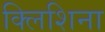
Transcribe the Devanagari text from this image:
क्लिशिना